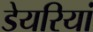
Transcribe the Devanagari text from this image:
डेयरियां